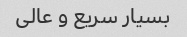
بسیار سریع و عالی